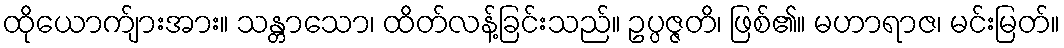
ထိုယောက်ျားအား။ သန္တာသော၊ ထိတ်လန့်ခြင်းသည်။ ဥပ္ပဇ္ဇတိ၊ ဖြစ်၏။ မဟာရာဇ၊ မင်းမြတ်။